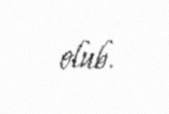
olub.